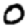
Digit: 0